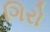
ગિરો